Plague in India, 1896, 1897 - Volume 1
Year: 1896
Disease focus: Plague
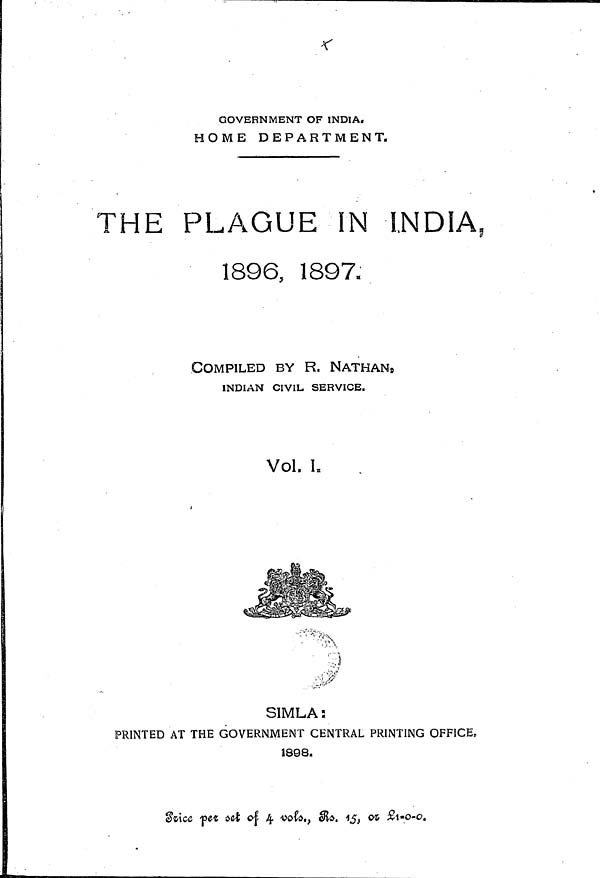
GOVERNMENT OF INDIA.
HOME DEPARTMENT.
THE PLAGUE IN INDIA,
1896, 1897,
COMPILED BY R. NATHAN,
INDIAN CIVIL, SERVICE.
Vol. I.
SIMLA:
PRINTED AT THE GOVERNMENT CENTRAL PRINTING OFFICE,
1398.
Rrice per set of 4 4 vots. Rs. 15, or £1-0-0.